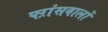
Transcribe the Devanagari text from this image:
फ्ऱांसवालों